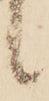
候